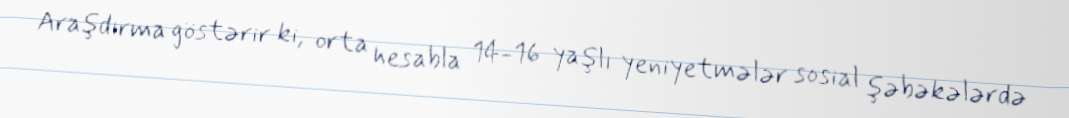
Araşdırma göstərir ki, orta hesabla 14-16 yaşlı yeniyetmələr sosial şəbəkələrdə